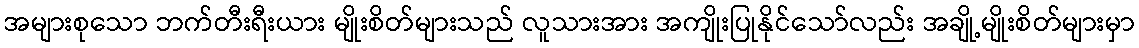
အများစုသော ဘက်တီးရီးယား မျိုးစိတ်များသည် လူသားအား အကျိုးပြုနိုင်သော်လည်း အချို့မျိုးစိတ်များမှာ